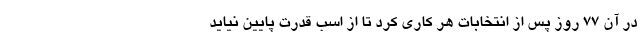
در آن 77 روز پس از انتخابات هر کاری کرد تا از اسب قدرت پایین نیاید